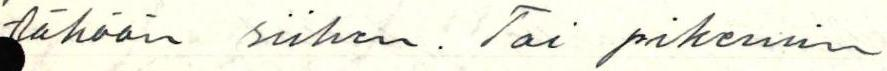
täköön siihen. Tai pikemin